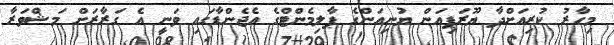
މިހާރު ކުރިއަށްދާ ޔޫރަޕިއަން ޔުނިއަންގެ ޕާލިމެންޓްގެ އެޖެންޑާގައި ވަނީ އެ ގަރާރަށް މަޝްވަރާ